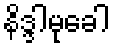
နိဒ္ဒါမုခေါ